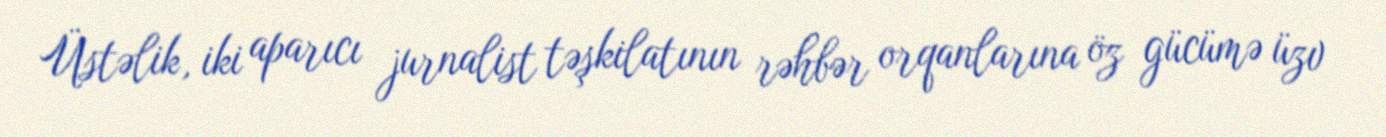
Üstəlik, iki aparıcı jurnalist təşkilatının rəhbər orqanlarına öz gücümə üzv